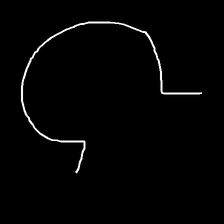
Glyph: weave